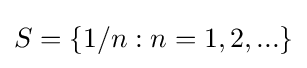
S=\{1/n:n=1,2,...\}